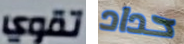
تقوي حداد